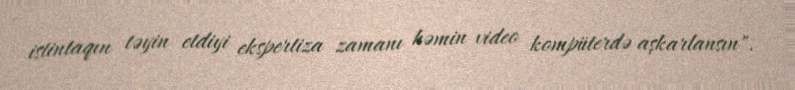
istintaqın təyin etdiyi ekspertiza zamanı həmin video kompüterdə aşkarlansın".